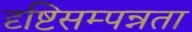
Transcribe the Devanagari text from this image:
दृष्टिसम्पन्नता